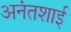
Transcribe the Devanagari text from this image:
अनंतशाई